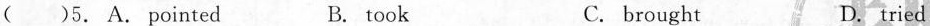
( )5. A. Pointed B. took C. brought D.tried